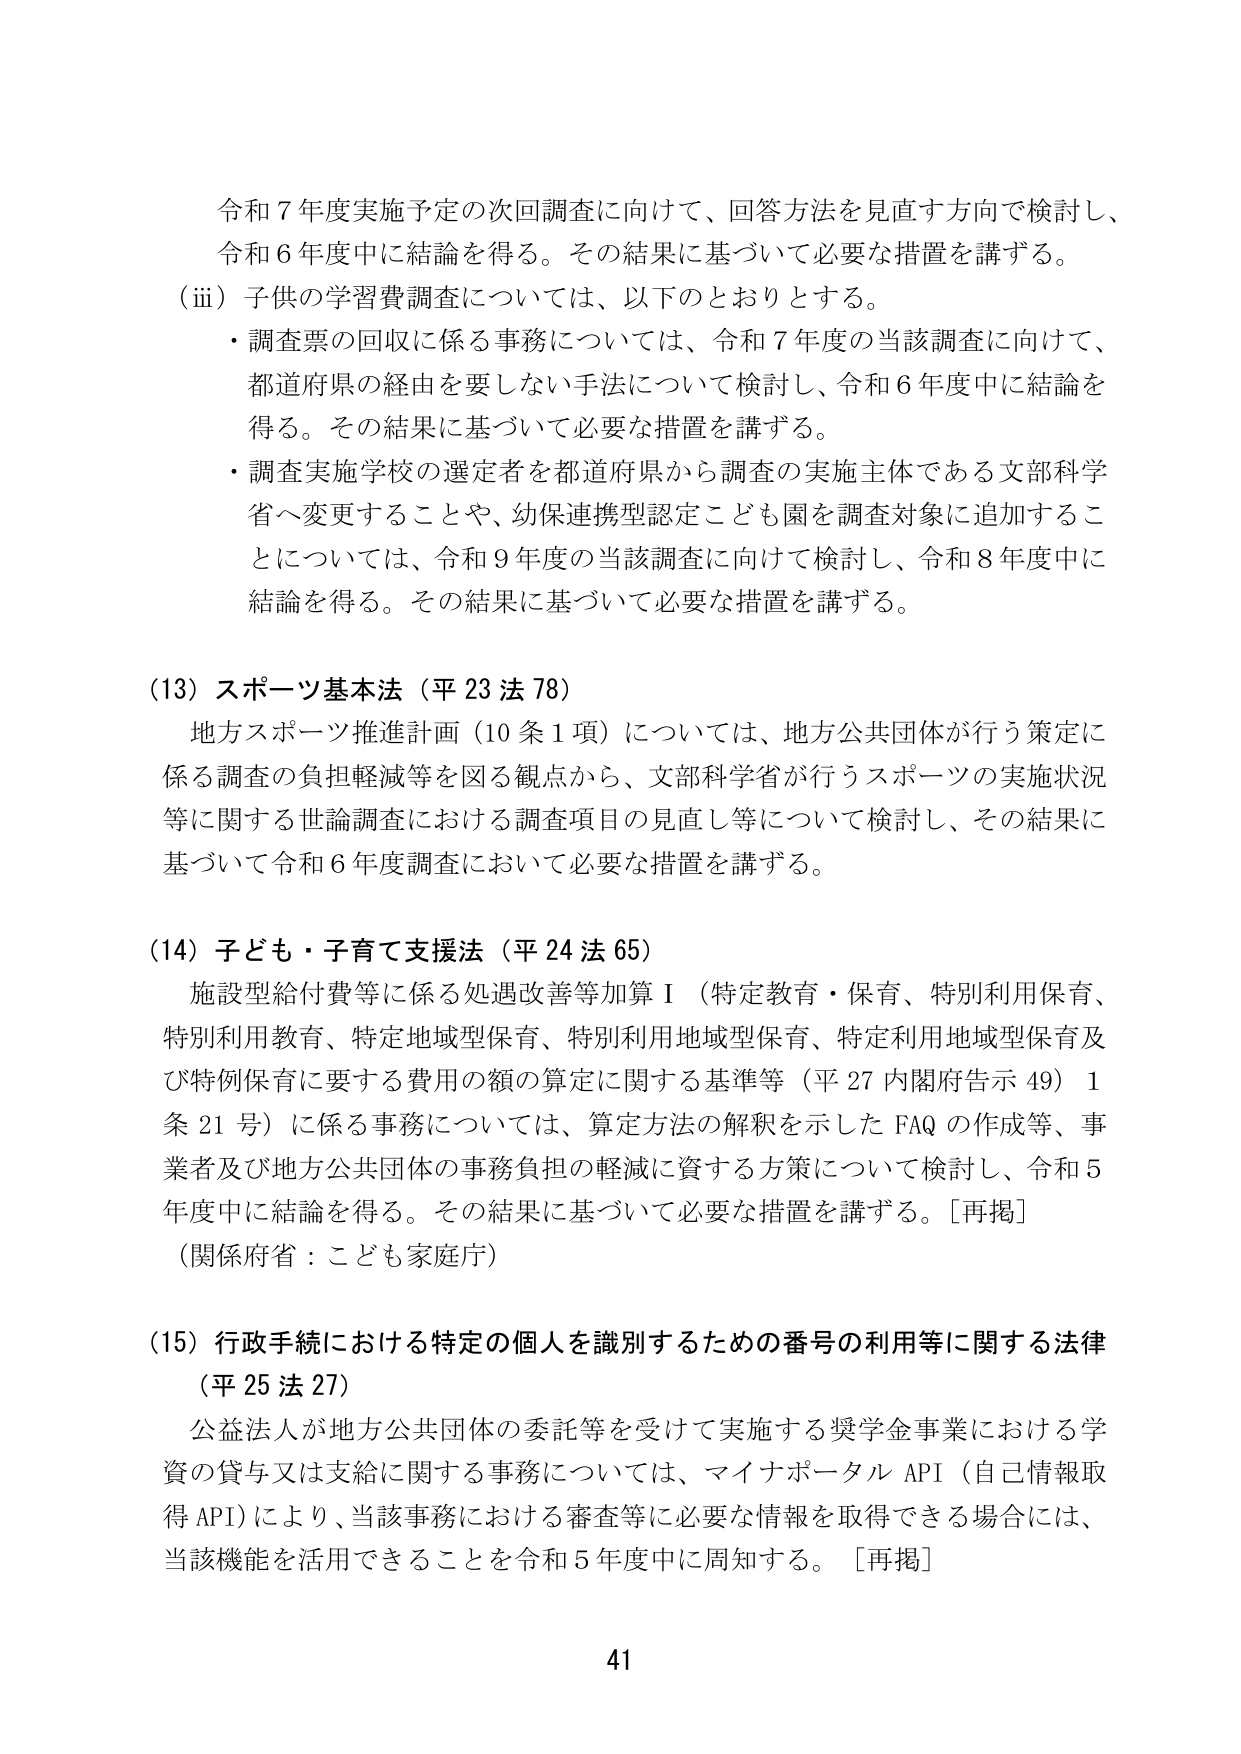
令和７年度実施予定の次回調査に向けて、回答方法を見直す方向で検討し、
令和６年度中に結論を得る。その結果に基づいて必要な措置を講ずる。
（ⅲ）子供の学習費調査については、以下のとおりとする。
・調査票の回収に係る事務については、令和７年度の当該調査に向けて、
都道府県の経由を要しない手法について検討し、令和６年度中に結論を
得る。その結果に基づいて必要な措置を講ずる。
・調査実施学校の選定者を都道府県から調査の実施主体である文部科学
省へ変更することや、幼保連携型認定こども園を調査対象に追加するこ
とについては、令和９年度の当該調査に向けて検討し、令和８年度中に
結論を得る。その結果に基づいて必要な措置を講ずる。

（13）スポーツ基本法（平23法78）
地方スポーツ推進計画（10条1項）については、地方公共団体が行う策定に
係る調査の負担軽減等を図る観点から、文部科学省が行うスポーツの実施状況
等に関する世論調査における調査項目の見直し等について検討し、その結果に
基づいて令和６年度調査において必要な措置を講ずる。

（14）子ども・子育て支援法（平24法65）
施設型給付費等に係る処遇改善等加算Ⅰ（特定教育・保育、特別利用保育、
特別利用教育、特定地域型保育、特別利用地域型保育、特定利用地域型保育及
び特例保育に要する費用の額の算定に関する基準等（平27内閣府告示49）1
条21号）に係る事務については、算定方法の解釈を示したFAQの作成等、事
業者及び地方公共団体の事務負担の軽減に資する方策について検討し、令和5
年度中に結論を得る。その結果に基づいて必要な措置を講ずる。［再掲］
（関係府省：こども家庭庁）

（15）行政手続における特定の個人を識別するための番号の利用等に関する法律
（平25法27）
公益法人が地方公共団体の委託等を受けて実施する奨学金事業における学
資の貸与又は支給に関する事務については、マイナポータルAPI（自己情報取
得API）により、当該事務における審査等に必要な情報を取得できる場合には、
当該機能を活用できることを令和5年度中に周知する。［再掲］

41